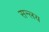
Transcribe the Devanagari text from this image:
सन्लय